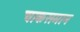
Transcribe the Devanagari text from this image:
चाकसमान